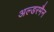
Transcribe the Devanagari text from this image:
अल्डरमैन